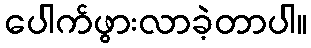
ပေါက်ဖွားလာခဲ့တာပါ။